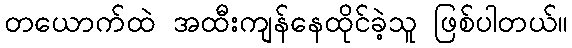
တယောက်ထဲ အထီးကျန်နေထိုင်ခဲ့သူ ဖြစ်ပါတယ်။